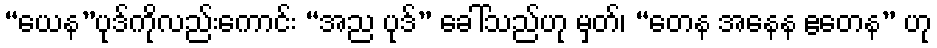
“ယေန”ပုဒ်ကိုလည်းကောင်း “အည ပုဒ်” ခေါ်သည်ဟု မှတ်၊ “တေန အနေန ဧတေန” ဟု